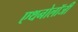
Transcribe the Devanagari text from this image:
एथनोलॉजी